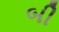
બી